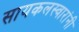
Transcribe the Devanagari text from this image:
सायकलस्वारांनी